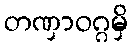
တဏှာဝဂ္ဂမှိ